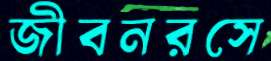
জীবনরসে